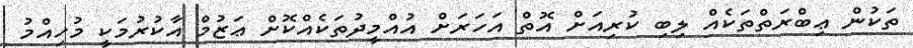
ތަކުން ޢިބްރަތްތަކެއް ލިބި ކުރިއަށް އޮތް އަހަރަށް އުއްމީދުތަކެއްކޮށް ޢަޒުމް އާކުރުމަކީ މުހިއްމު